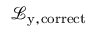
\mathcal { L } _ { \mathrm { y , c o r r e c t } }